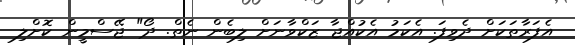
އެފަރާތަކަށް ދެވިފަ. އެކަމު އެކުއްޖާ ޒަކްވާނަށް ލިބެން ނެތް. ދޯ" ޖޭސްމީން ކޮށްލި